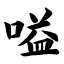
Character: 嗌